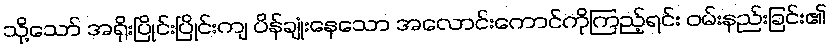
သို့သော် အရိုးပြိုင်းပြိုင်းကျ ပိန်ချုံးနေသော အလောင်းကောင်ကိုကြည့်ရင်း ဝမ်းနည်းခြင်း၏